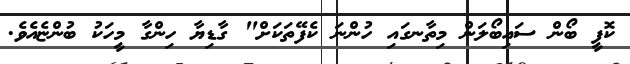
ކޮފީ ބޯން ސައިބޯލަން މިތާނގައި ހުންނަ ކެފޭތަކަށް" ގާޑިޔާ ހިންގާ މީހަކު ބުންޏެއެވެ.